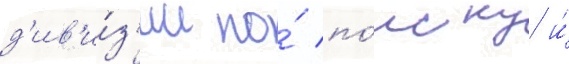
д'ив'и́з'ии по́ по́иску и́